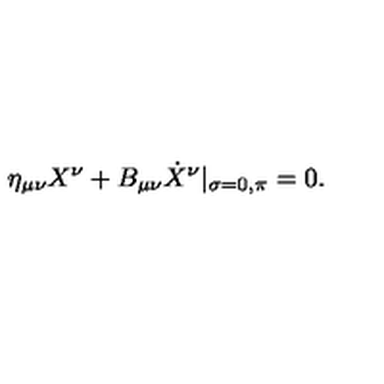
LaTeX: \eta _ { \mu \nu } X ^ { \nu } + B _ { \mu \nu } \dot { X } ^ { \nu } | _ { \sigma = 0 , \pi } = 0 .